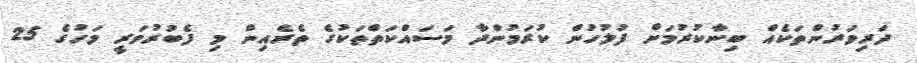
ދަރިވަރުންތަކެއް ބިނާކުރުމަށް ފުލުހުން ކުރަމުންދާ މަސައްކަތްތަކުގެ ތެރެއިން މި ފެބުރުވަރީ މަހުގެ 25